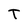
Character: T